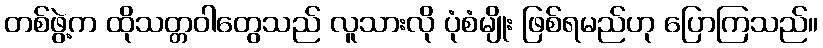
တစ်ဖွဲ့က ထိုသတ္တဝါတွေသည် လူသားလို ပုံစံမျိုး ဖြစ်ရမည်ဟု ပြောကြသည်။